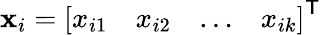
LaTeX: \mathbf{x}_{i}={\left[\begin{array}{llll}{x_{i1}}&{x_{i2}}&{\dots}&{x_{ik}}\end{array}\right]}^{\mathsf{T}}